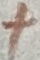
Text: +